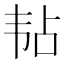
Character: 𬰳